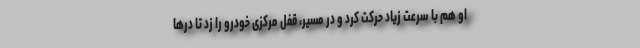
او هم با سرعت زیاد حرکت کرد و در مسیر، قفل مرکزی خودرو را زد تا درها